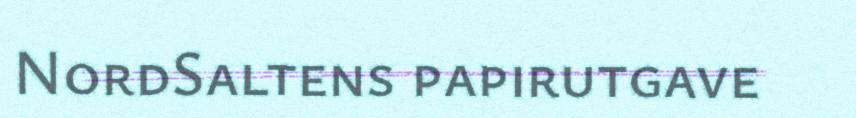
NordSaltens papirutgave